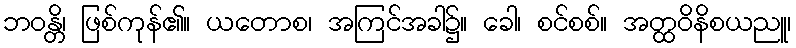
ဘဝန္တိ၊ ဖြစ်ကုန်၏။ ယတောစ၊ အကြင်အခါ၌။ ခေါ၊ စင်စစ်။ အတ္ထဝိနိစယညူ၊